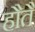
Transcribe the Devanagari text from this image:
हौतै